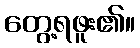
တွေ့ရဖူး၏။